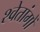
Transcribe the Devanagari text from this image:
श्वेतांगों